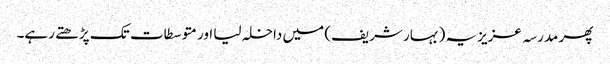
پھر مدرسہ عزیزیہ (بہار شریف) میں داخلہ لیا اور متوسطات تک پڑھتے رہے۔